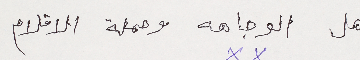
اهل الوجاهه وحملة الاقلام